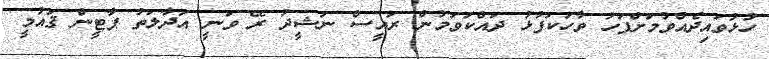
ހުޅުވައިދެއްވުމަށްފަހު ވާހަކަފުޅު ދައްކަވަމުން ރައީސް ނަޝީދު ރޭ ވަނީ އަދާލަތު ޕާޓީން ޤައުމީ